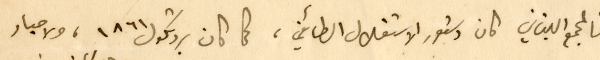
فالمجمع اللبناني كان دستور الاستقلال الطائفي، كما كان بروتكول ١٨٦١، ولاحبار